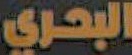
البحري